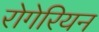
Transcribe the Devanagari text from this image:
रोगेरियन